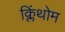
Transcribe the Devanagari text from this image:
क्लिंथोम